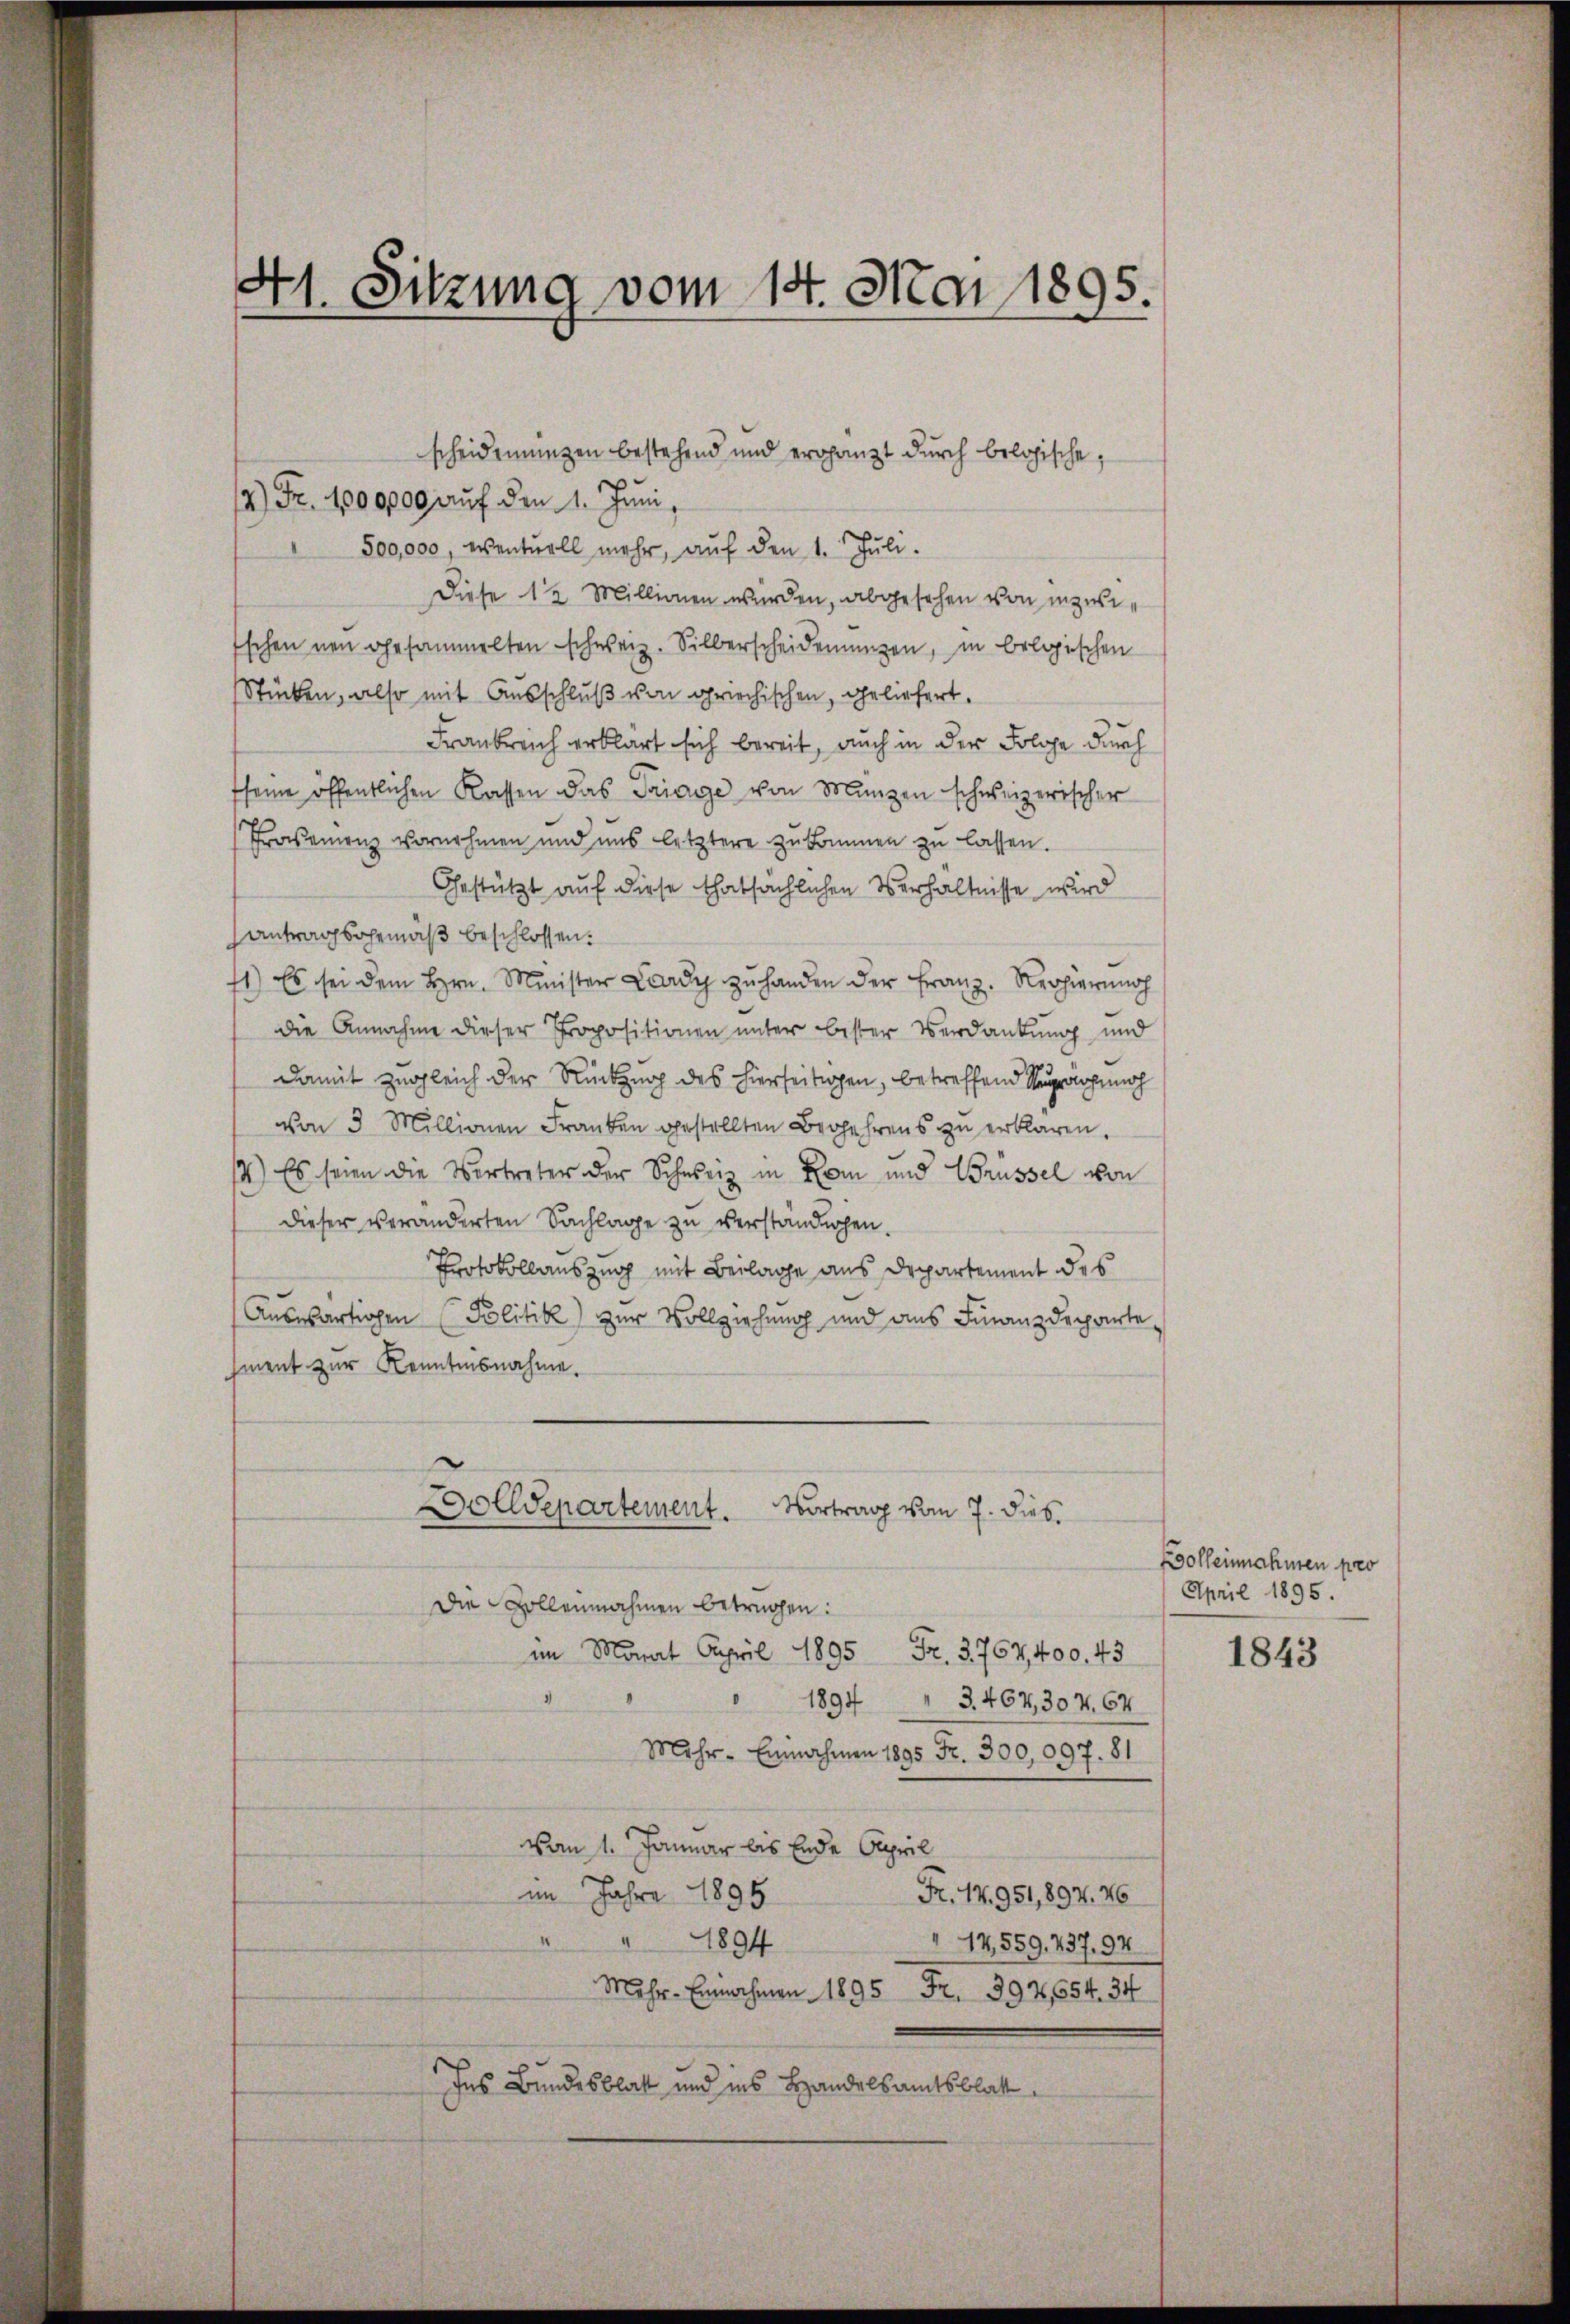
41. Sitzung vom 14. Mai 1895.

2) Fr. 1000000 auf den 1. Juni,
500,000, eventuell mehr, auf den 1. Juli.
Diese 12 Millionen wurden, abgesehen von inzwi¬
Eschen neu gesammelten schweiz. Silberscheidenungen, in belgischen
Stücken, also mit Ausschluß von griechischen, geliefert.
Frankreich erklärt sich bereit, auch in der Folge durch
fseine öffentlichen Kassen das Triage von Manzen schweizerischer
Fraseinenz vornehmen und uns letztere zukommen zu lassen.
Gestützt auf diese thatsächlichen Verhältnisse wird
antragsgemäß beschlossen:
1) Es sei dem Hrn. Minister Lardy zŭ handen der Franz. Regierung
die Annahme dieser Propositionen unter bester Verdankung und
damit zugleich der Rückzug des hierseitigen, betreffend Sprach noch
von 3 Millionen Franken gestellten Begehrens zu erklären.
14.) Es seien die Vertreter der Schweiz in Rom und Brüssel von
dieser veränderten Sachlage zu verständigen.
Protokollauszug mit Beilage aus Departement des
Auswärtigen Politik) zur Vollziehung und aus Finanzdeparte
iment zur Kenntnisnahme.
Dolldepartement. Vortrag vom 7. dies
Die Zollennahmen betrügen:
im Monat April 1895 Fr. 3767,400. 43
1
" 1894 " 3. 464,307. 64
Mehr- Einnahmen 1895 Fr. 300,097. 81
vom 1. Januar bis Ende Capril
im Jahre 1895
Fr. 14951,897. 46
1894
" 14559. 437. 94
Mahr- Einnahmen 1895 Fr. 392,654. 34
des Bundesblatt und ins Handelsamtsblatt

scheidenungen bestehend und ergänzt durch belogische,

Bolleinnahmen pro
April 1895.

1843